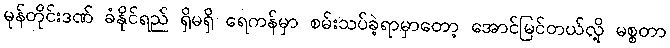
မုန်တိုင်းဒဏ် ခံနိုင်ရည် ရှိမရှိ ရေကန်မှာ စမ်းသပ်ခဲ့ရာမှာတော့ အောင်မြင်တယ်လို့ မစ္စတာ